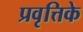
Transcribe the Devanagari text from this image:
प्रवृत्तिके